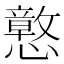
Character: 𫻙